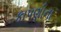
કાપણીના